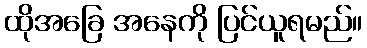
ထိုအခြေ အနေကို ပြင်ယူရမည်။